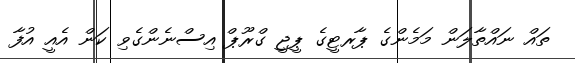
ތައް ނައްތާލަން މަމެންގެ ޕާރޓީގެ ޕީޖީ ގްރޫޕް އިސްނެންގެވި ކަން އެއީ އުފާ